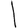
Digit: 1